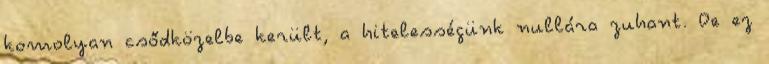
komolyan csődközelbe került, a hitelességünk nullára zuhant. De ez